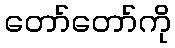
တော်တော်ကို